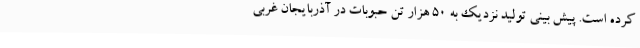
کرده است. پیش بینی تولید نزدیک به 50 هزار تن حبوبات در آذربایجان غربی